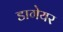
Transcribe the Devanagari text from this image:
डागेयर